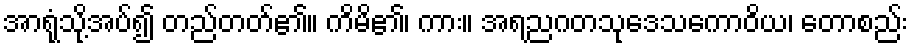
အာရုံသို့အပ်၍ တည်တတ်၏။ ကိမိ၏၊ ကား။ အရညဂတသုဒေသကောဝိယ၊ တောစည်း